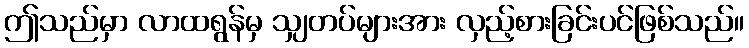
ဤသည်မှာ လာထရွန်မှ သျှတပ်များအား လှည့်စားခြင်းပင်ဖြစ်သည်။